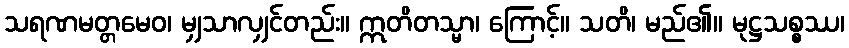
သရဏမတ္တမေဝ၊ မျှသာလျှင်တည်း။ ဣတိတသ္မာ၊ ကြောင့်။ သတိ၊ မည်၏။ မုဋ္ဌသစ္စဿ၊